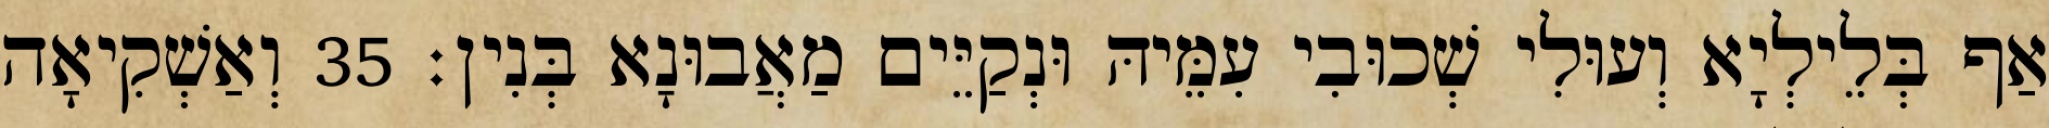
אַף בְּלֵילְיָא וְעוּלִי שְׁכוּבִי עִמֵּיהּ וּנְקַיֵּים מַאֲבוּנָא בְּנִין׃ 35 וְאַשְׁקִיאָה